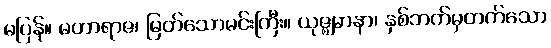
မပြန်။ မဟာရာဇ၊ မြတ်သောမင်းကြီး။ ယုဇ္ဈမာနာ၊ နှစ်ဘက်မှတက်သော